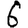
Digit: 6